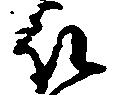
被